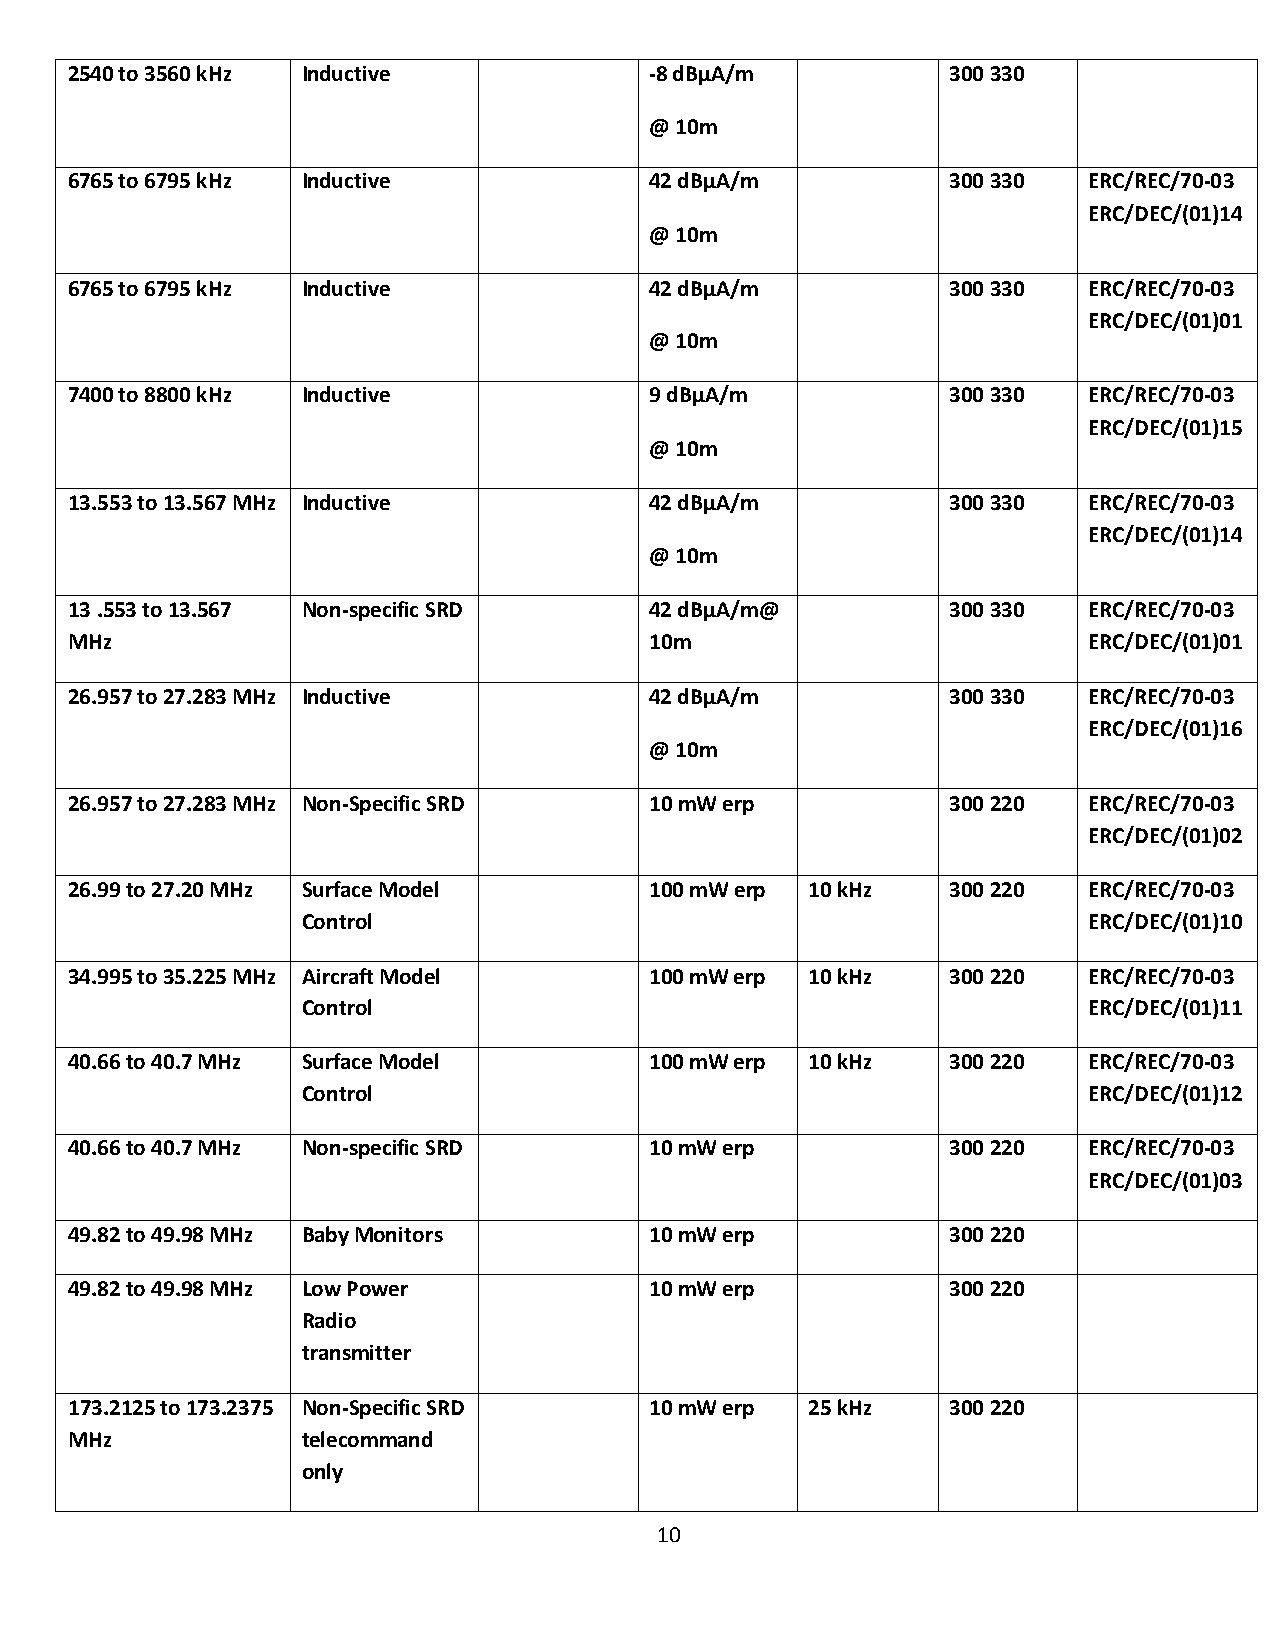
2540 to 3560 kHz Inductive             -8 dBµA/m           300 330
 @ 10m
 6765 to 6795 kHz Inductive             42 dBµA/m           300 330  ERC/REC/70-03
 ERC/DEC/(01)14
 @ 10m
 6765 to 6795 kHz Inductive             42 dBµA/m           300 330  ERC/REC/70-03
 ERC/DEC/(01)01
 @ 10m
 7400 to 8800 kHz Inductive             9 dBµA/m            300 330  ERC/REC/70-03
 ERC/DEC/(01)15
 @ 10m
 13.553 to 13.567 MHz Inductive         42 dBµA/m           300 330  ERC/REC/70-03
 ERC/DEC/(01)14
 @ 10m
 13 .553 to 13.567 Non-specific SRD     42 dBµA/m@          300 330  ERC/REC/70-03
 MHz                                    10m                          ERC/DEC/(01)01
 26.957 to 27.283 MHz Inductive         42 dBµA/m           300 330  ERC/REC/70-03
 ERC/DEC/(01)16
 @ 10m
 26.957 to 27.283 MHz Non-Specific SRD  10 mW erp           300 220  ERC/REC/70-03
 ERC/DEC/(01)02
 26.99 to 27.20 MHz Surface Model       100 mW erp 10 kHz   300 220  ERC/REC/70-03
 Control                                             ERC/DEC/(01)10
 34.995 to 35.225 MHz Aircraft Model    100 mW erp 10 kHz   300 220  ERC/REC/70-03
 Control                                             ERC/DEC/(01)11
 40.66 to 40.7 MHz Surface Model        100 mW erp 10 kHz   300 220  ERC/REC/70-03
 Control                                             ERC/DEC/(01)12
 40.66 to 40.7 MHz Non-specific SRD     10 mW erp           300 220  ERC/REC/70-03
 ERC/DEC/(01)03
 49.82 to 49.98 MHz Baby Monitors       10 mW erp           300 220
 49.82 to 49.98 MHz Low Power           10 mW erp           300 220
 Radio
 transmitter
 173.2125 to 173.2375 Non-Specific SRD  10 mW erp  25 kHz   300 220
 MHz             telecommand
 only
 10